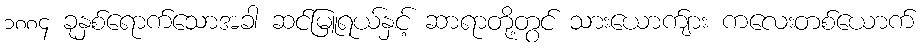
၁၈၈၄ ခုနှစ်ရောက်သောအခါ ဆင်မြူရယ်နှင့် ဆာရာတို့တွင် သားယောက်ျား ကလေးတစ်ယောက်